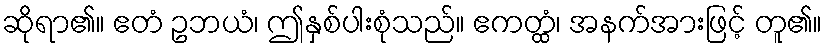
ဆိုရာ၏။ ဧတံ ဥဘယံ၊ ဤနှစ်ပါးစုံသည်။ ဧကတ္ထံ၊ အနက်အားဖြင့် တူ၏။